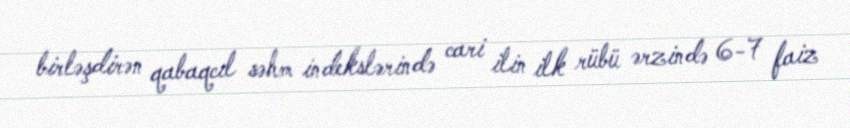
birləşdirən qabaqcıl səhm indekslərində cari ilin ilk rübü ərzində 6-7 faiz